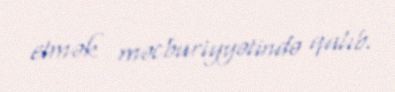
etmək məcburiyyətində qalıb.